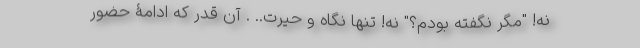
نه! "مگر نگفته بودم؟" نه! تنها نگاه و حیرت.. . آن قدر که ادامۀ حضور